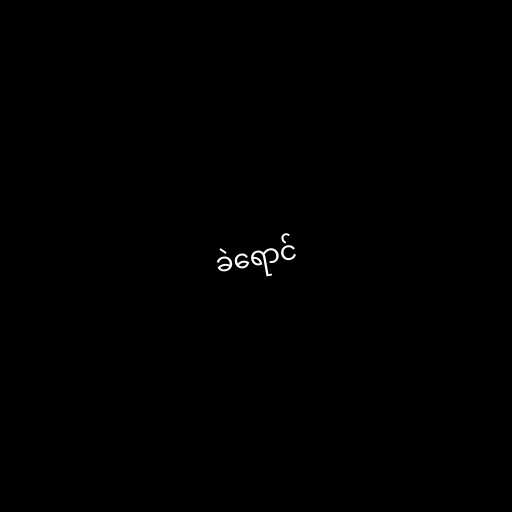
ခဲရောင်